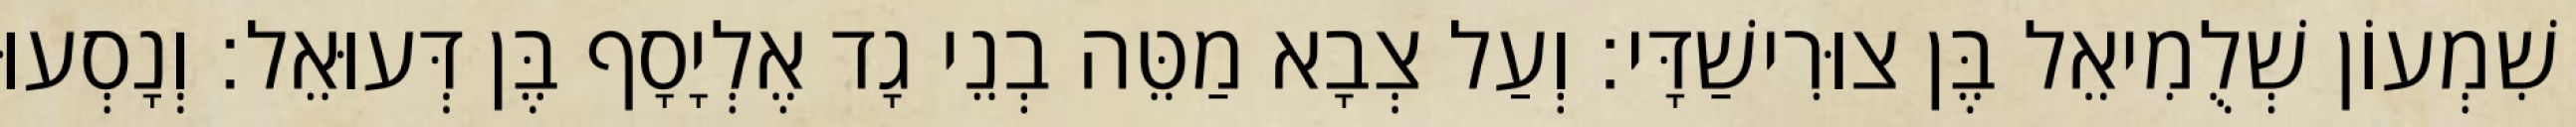
שִׁמְעוֹן שְׁלֻמִיאֵל בֶּן צוּרִישַׁדָּי׃ וְעַל צְבָא מַטֵּה בְנֵי גָד אֶלְיָסָף בֶּן דְּעוּאֵל׃ וְנָסְעוּ